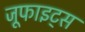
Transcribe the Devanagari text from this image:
जूफाइट्स